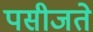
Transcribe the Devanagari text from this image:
पसीजते